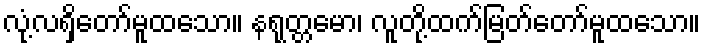
လုံ့လရှိတော်မူထသော။ နရုတ္တမော၊ လူတို့ထက်မြတ်တော်မူထသော။